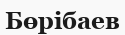
Бөрібаев